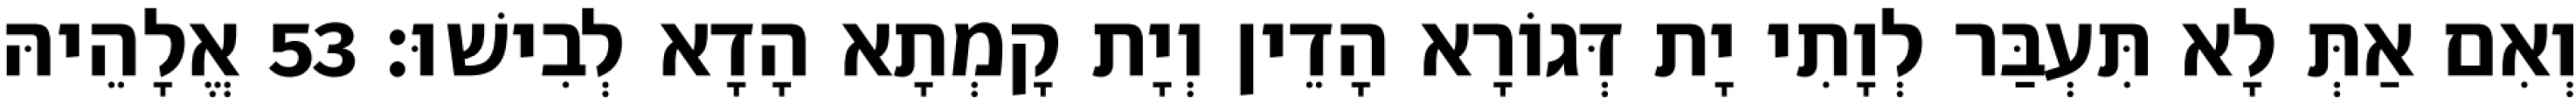
וְאִם אַתְּ לָא תִּעְבַּר לְוָתִי יָת דְּגוֹרָא הָדֵין וְיָת קָמְתָא הָדָא לְבִישׁוּ׃ 53 אֱלָהֵיהּ